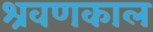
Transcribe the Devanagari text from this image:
श्रवणकाल